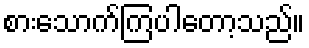
စားသောက်ကြပါတော့သည်။